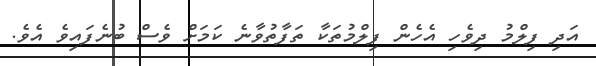
އަދި ފިލްމު ދިވެހި އެހެން ފިލްމުތަކާ ތަފާތުވާނެ ކަމަށް ވެސް ބުނެފައިވެ އެވެ.